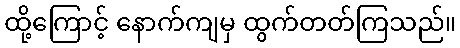
ထို့ကြောင့် နောက်ကျမှ ထွက်တတ်ကြသည်။